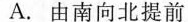
A.由南向北提前